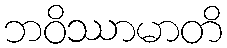
ဘဝိဿာမာတိ